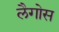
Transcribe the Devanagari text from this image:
लैगोस